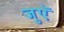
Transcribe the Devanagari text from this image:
जुएॅ